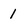
Character: 1